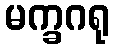
မက္ခဂရု